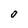
Character: O